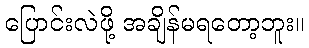
ပြောင်းလဲဖို့ အချိန်မရတော့ဘူး။